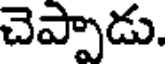
చెప్పాడు.